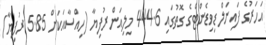
އަހަރުގެ ފައިނަލް ޑިވިޑެންޓްގެ ގޮތުގައި 444.6 މިލިއަން ރުފިޔާ (ހިއްސާއަކަށް 5.85 ރުފިޔާ)